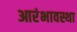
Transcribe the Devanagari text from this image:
आरंभावस्था